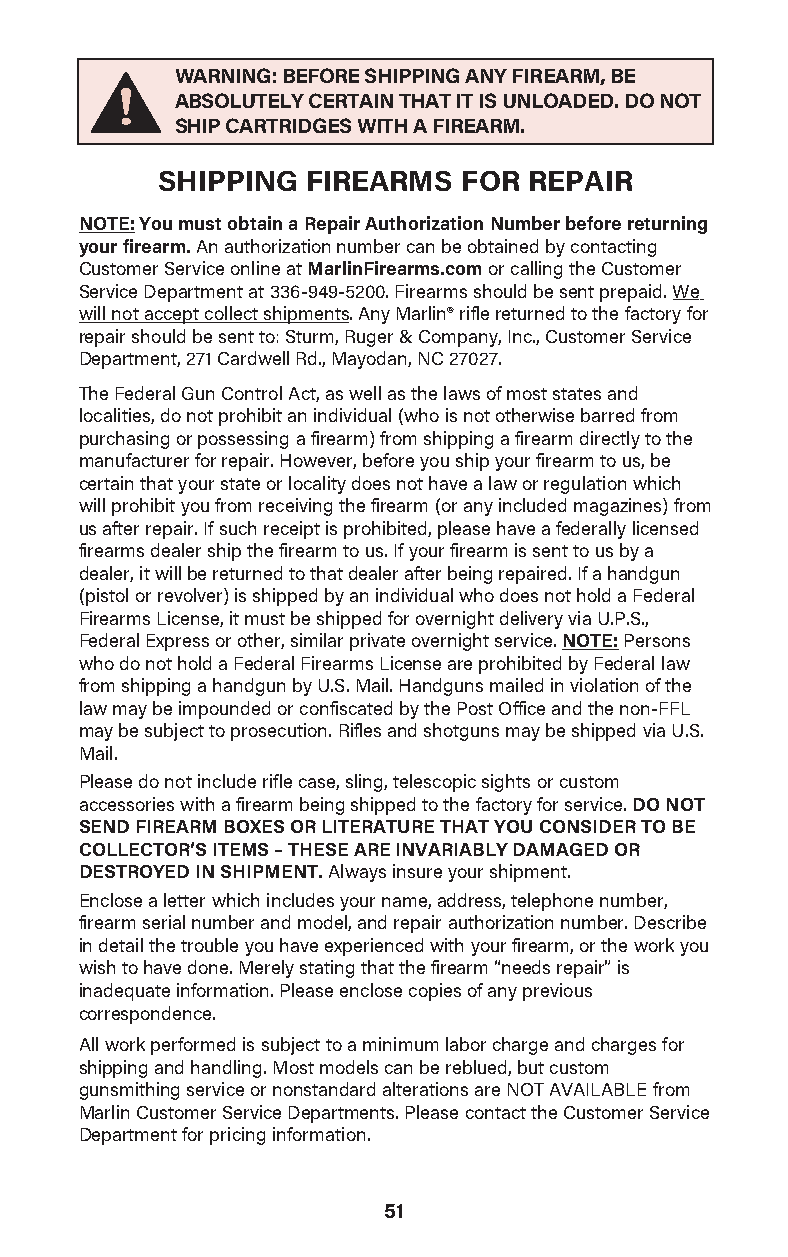
WARNING: BEFORE SHIPPING ANY FIREARM, BE
 ABSOLUTELY CERTAIN THAT IT IS UNLOADED. DO NOT
 SHIP CARTRIDGES WITH A FIREARM.
 SHIPPING  FIREARMS   FOR REPAIR
 NOTE: You must obtain a Repair Authorization Number before returning
 your firearm. An authorization number can be obtained by contacting
 Customer Service online at MarlinFirearms.com or calling the Customer
 Service Department at 336-949-5200. Firearms should be sent prepaid. We
 will not accept collect shipments. Any Marlin® rifle returned to the factory for
 repair should be sent to: Sturm, Ruger & Company, Inc., Customer Service
 Department, 271 Cardwell Rd., Mayodan, NC 27027.
 The Federal Gun Control Act, as well as the laws of most states and
 localities, do not prohibit an individual (who is not otherwise barred from
 purchasing or possessing a firearm) from shipping a firearm directly to the
 manufacturer for repair. However, before you ship your firearm to us, be
 certain that your state or locality does not have a law or regulation which
 will prohibit you from receiving the firearm (or any included magazines) from
 us after repair. If such receipt is prohibited, please have a federally licensed
 firearms dealer ship the firearm to us. If your firearm is sent to us by a
 dealer, it will be returned to that dealer after being repaired. If a handgun
 (pistol or revolver) is shipped by an individual who does not hold a Federal
 Firearms License, it must be shipped for overnight delivery via U.P.S.,
 Federal Express or other, similar private overnight service. NOTE: Persons
 who do not hold a Federal Firearms License are prohibited by Federal law
 from shipping a handgun by U.S. Mail. Handguns mailed in violation of the
 law may be impounded or confiscated by the Post Office and the non-FFL
 may be subject to prosecution. Rifles and shotguns may be shipped via U.S.
 Mail.
 Please do not include rifle case, sling, telescopic sights or custom
 accessories with a firearm being shipped to the factory for service. DO NOT
 SEND FIREARM BOXES OR LITERATURE THAT YOU CONSIDER TO BE
 COLLECTOR’S ITEMS – THESE ARE INVARIABLY DAMAGED OR
 DESTROYED IN SHIPMENT. Always insure your shipment.
 Enclose a letter which includes your name, address, telephone number,
 firearm serial number and model, and repair authorization number. Describe
 in detail the trouble you have experienced with your firearm, or the work you
 wish to have done. Merely stating that the firearm “needs repair” is
 inadequate information. Please enclose copies of any previous
 correspondence.
 All work performed is subject to a minimum labor charge and charges for
 shipping and handling. Most models can be reblued, but custom
 gunsmithing service or nonstandard alterations are NOT AVAILABLE from
 Marlin Customer Service Departments. Please contact the Customer Service
 Department for pricing information.
 51